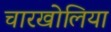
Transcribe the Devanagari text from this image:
चारखोलिया